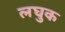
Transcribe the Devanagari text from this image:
लघुक